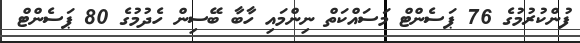
ފުންކުރުމުގެ 76 ޕަސެންޓް މަސައްކަތް ނިންމައި ހާބާ ބޭސިން ހެދުމުގެ 80 ޕަސެންޓް